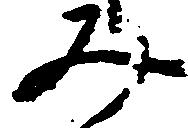
み